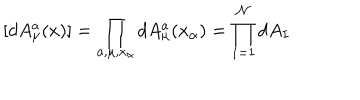
[ d A _ { \mu } ^ { a } ( x ) ] = { \prod _ { a , \mu , x _ { \alpha } } d A _ { \mu } ^ { a } ( x _ { \alpha } ) = { \prod _ { I = 1 } ^ { \mathcal { N } } d A _ { I } } }